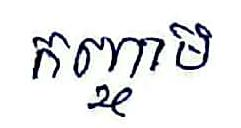
កញ្ចាម